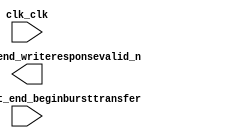

module mon_pwm (
	clk_clk,
	pwm_0_conduit_end_writeresponsevalid_n,
	anemo_0_conduit_end_beginbursttransfer);	

	input		clk_clk;
	output		pwm_0_conduit_end_writeresponsevalid_n;
	input		anemo_0_conduit_end_beginbursttransfer;
endmodule